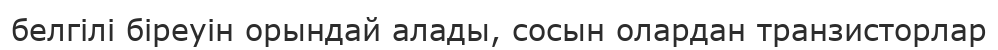
белгілі біреуін орындай алады, сосын олардан транзисторлар